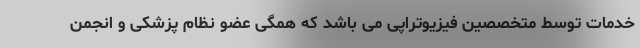
خدمات توسط متخصصین فیزیوتراپی می باشد که همگی عضو نظام پزشکی و انجمن